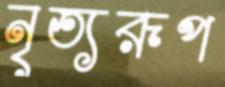
নৃত্যরূপ